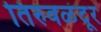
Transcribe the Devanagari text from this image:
तिरुवळंदूर